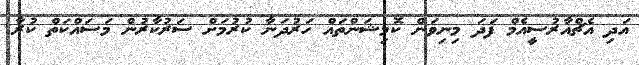
އަދި އެޗްއާރުސީއެމް ފަދަ މިނިވަން ކޮމިޝަންތައް ހަރުދަނާ ކުރުމަށް ސަރުކާރުން މަސައްކަތް ކުރާ